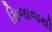
મિજાજથી